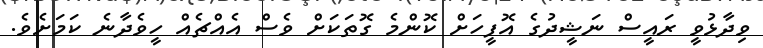
ވިދާޅުވީ ރައީސް ނަޝީދުގެ އޮފީހަށް ކޮންމެ ގޮތަކަށް ވެސް އެއްޗެއް ހީވެދާނެ ކަމަށެވެ.